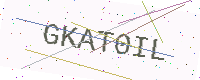
Text: GKAT0IL